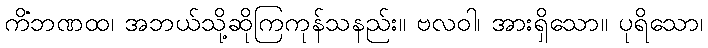
ကိံဘဏထ၊ အဘယ်သို့ဆိုကြကုန်သနည်း။ ဗလဝါ၊ အားရှိသော။ ပုရိသော၊